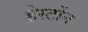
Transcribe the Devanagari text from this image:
हेर्स्टोन